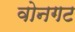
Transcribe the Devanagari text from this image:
वोनगट